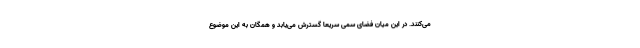
می‌کنند. در این میان فضای سمی سریعا گسترش می‌یابد و همگان به این موضوع